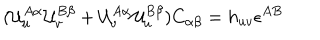
LaTeX: ( { \cal U } _ { u } ^ { A \alpha } { \cal U } _ { v } ^ { B \beta } + { \cal U } _ { v } ^ { A \alpha } { \cal U } _ { u } ^ { B \beta } ) C _ { \alpha \beta } = h _ { u v } \epsilon ^ { A B }